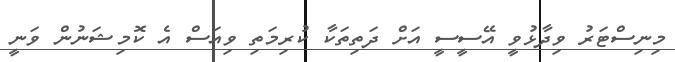
މިނިސްޓަރު ވިދާޅުވީ އޭސީސީ އަށް ދަތިތަކާ ކުރިމަތި ވިއަސް އެ ކޮމިޝަނުން ވަނީ